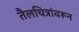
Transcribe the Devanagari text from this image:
तैलचित्रांवरून